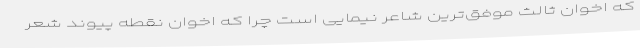
که اخوان ثالث موفق‌ترین شاعر نیمایی است چرا که اخوان نقطه پیوند شعر